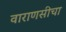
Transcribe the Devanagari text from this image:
वाराणसीचा